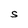
Character: S